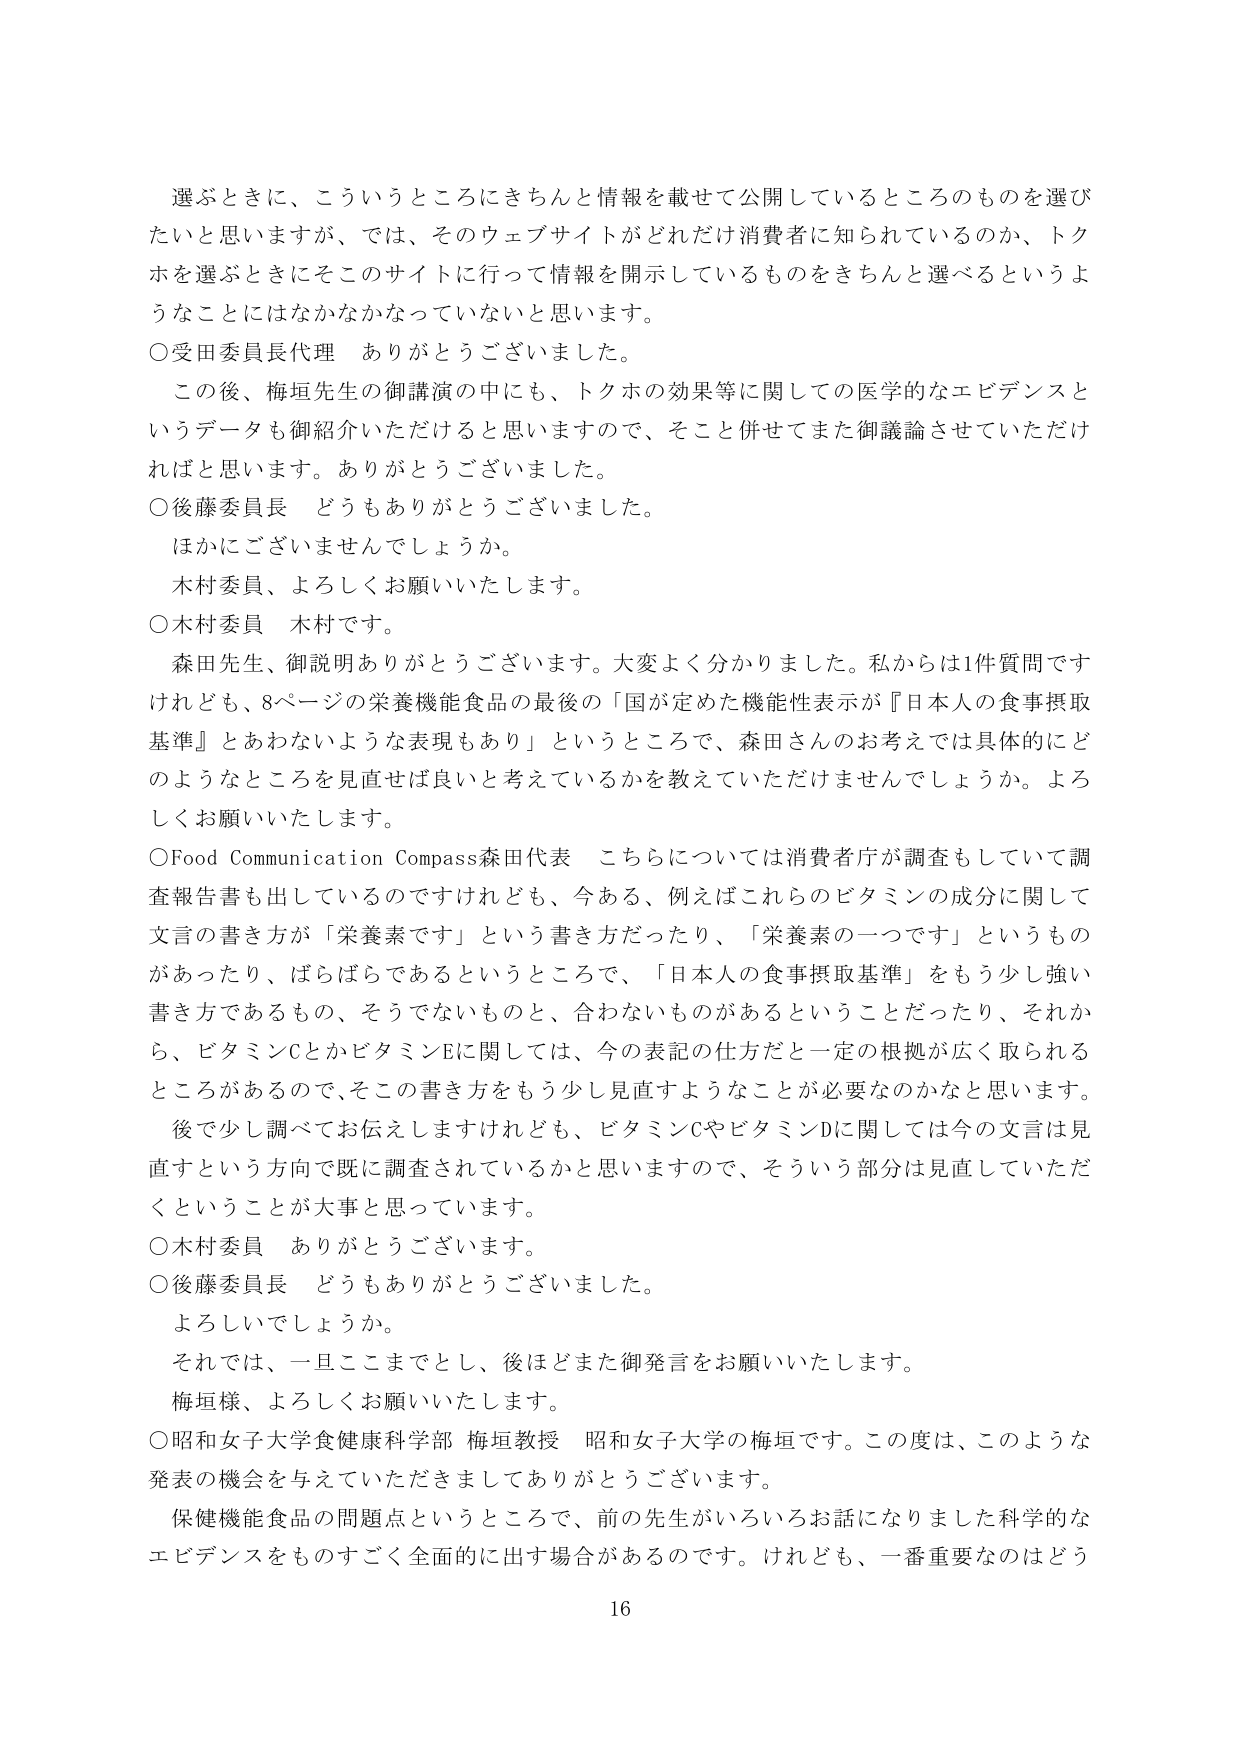
選ぶときに、こういうところにきちんと情報を載せて公開しているところのものを選びたいと思いますが、では、そのウェブサイトがどれだけ消費者に知られているのか、トクホを選ぶときにそこのサイトに行って情報を開示しているものをきちんと選べるというようなことにはなかなかなっていないと思います。

○受田委員長代理　ありがとうございます。

この後、梅垣先生の御講演の中にも、トクホの効果等に関しての医学的なエビデンスというデータも御紹介いただけると思いますので、そこと併せてまた御議論させていただければと思います。ありがとうございました。

○後藤委員長　どうもありがとうございました。

ほかにございませんでしょうか。

木村委員、よろしくお願いいたします。

○木村委員　木村です。

森田先生、御説明ありがとうございます。大変よく分かりました。私からは1件質問ですけれども、8ページの栄養機能食品の最後の「国が定めた機能性表示が『日本人の食事摂取基準』とあわないような表現もあり」というところで、森田さんのお考えでは具体的にどのようなところを見直せば良いと考えているかを教えていただけませんでしょうか。よろしくお願いいたします。

○Food Communication Compass森田代表　こちらについては消費者庁が調査もしていて調査報告書も出しているのですけれども、今ある、例えばこれらのビタミンの成分に関して文言の書き方が「栄養素です」という書き方だったり、「栄養素の一つです」というものがあったり、ばらばらであるというところで、「日本人の食事摂取基準」をもう少し強い書き方であるもの、そうでないものと、合わないものがあるということだったり、それから、ビタミンCとかビタミンEに関しては、今の表記の仕方だと一定の根拠が広く取られるところがあるので、そこの書き方をもう少し見直すようなことが必要なのかなと思います。

後で少し調べてお伝えしますけれども、ビタミンCやビタミンDに関しては今の文言は見直すという方向で既に調査されているかと思いますので、そういう部分は見直していただくということが大事と思っています。

○木村委員　ありがとうございます。

○後藤委員長　どうもありがとうございました。

よろしいでしょうか。

それでは、一旦ここまでとし、後ほどまた御発言をお願いいたします。

梅垣様、よろしくお願いいたします。

○昭和女子大学食健康科学部 梅垣教授　昭和女子大学の梅垣です。この度は、このような発表の機会を与えていただきましてありがとうございます。

保健機能食品の問題点というところで、前の先生がいろいろお話になりました科学的なエビデンスをものすごく全面的に出す場合があるのです。けれども、一番重要なのはどう

16